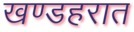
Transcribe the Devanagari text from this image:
खण्डहरात